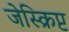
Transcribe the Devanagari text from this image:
जेस्क्रिप्ट